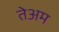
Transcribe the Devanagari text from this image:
तेअम